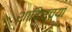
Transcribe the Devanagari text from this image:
शाकिरच्या